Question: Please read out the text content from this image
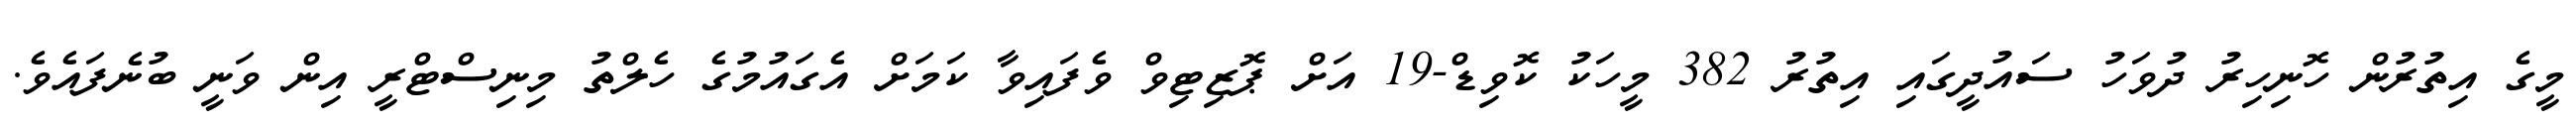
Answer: މީގެ އިތުރުން ހޮނިހިރު ދުވަހު ސައުދީގައި އިތުރު 382 މީހަކު ކޮވިޑް-19 އަށް ޕޮޒިޓިވް ވެފައިވާ ކަމަށް އެގައުމުގެ ހެލްތު މިނިސްޓްރީ އިން ވަނީ ބުނެފައެވެ.